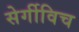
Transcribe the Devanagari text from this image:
सेर्गीविच